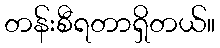
တန်းစီရတာရှိတယ်။